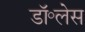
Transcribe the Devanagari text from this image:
डॉ॰लेस